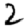
Digit: 2